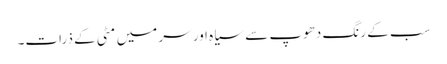
سب کے رنگ دھوپ سے سیاہ اور سر میں مٹی کے ذرات۔